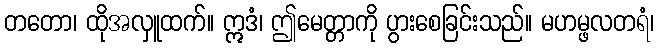
တတော၊ ထိုအလှူထက်။ ဣဒံ၊ ဤမေတ္တာကို ပွားစေခြင်းသည်။ မဟမ္ဖလတရံ၊